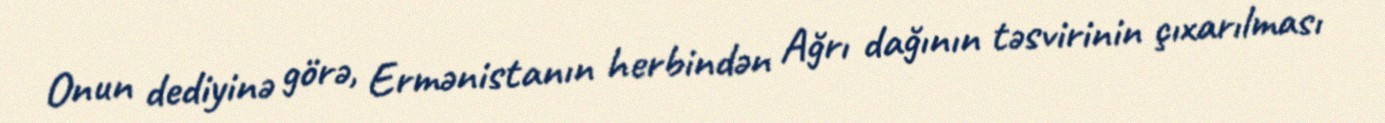
Onun dediyinə görə, Ermənistanın herbindən Ağrı dağının təsvirinin çıxarılması